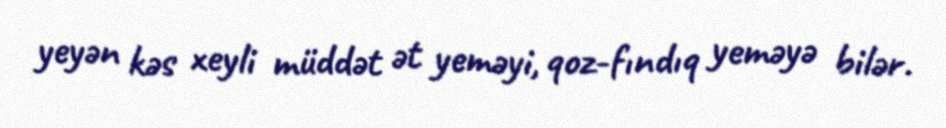
yeyən kəs xeyli müddət ət yeməyi, qoz-fındıq yeməyə bilər.